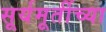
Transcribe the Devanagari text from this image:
सूर्यमूर्तीच्या